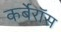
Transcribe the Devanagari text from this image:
कर्बेरॉस